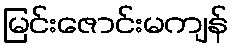
မြင်းဇောင်းမကျန်